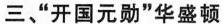
三、”开国元勋”华盛顿